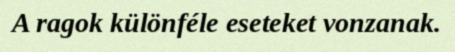
A ragok különféle eseteket vonzanak.